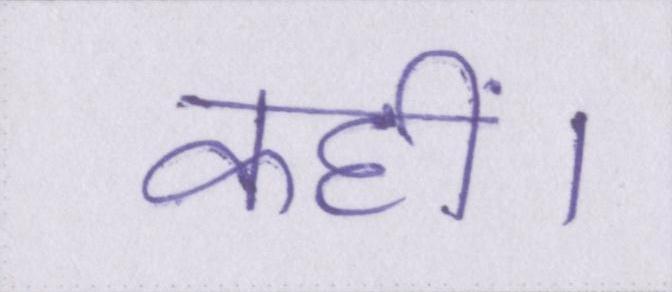
कहीं।